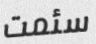
سئمت